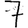
Digit: 7